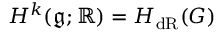
H ^ { k } ( { \mathfrak { g } } ; \mathbb { R } ) = H _ { \mathrm { d R } } ( G )